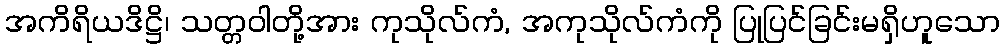
အကိရိယဒိဋ္ဌိ၊ သတ္တဝါတို့အား ကုသိုလ်ကံ, အကုသိုလ်ကံကို ပြုပြင်ခြင်းမရှိဟူသော